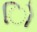
િો